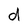
Character: d